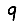
Digit: 9